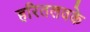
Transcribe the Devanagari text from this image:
हरितलवके